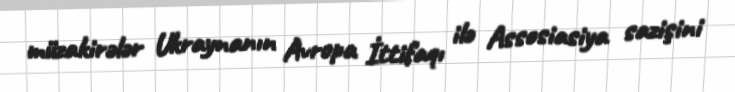
müzakirələr Ukraynanın Avropa İttifaqı ilə Assosiasiya sazişini